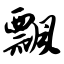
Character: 飘